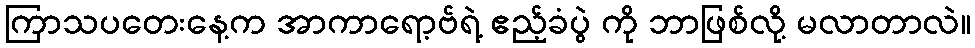
ကြာသပတေးနေ့က အာကာရော့ဗ်ရဲ့ ဧည့်ခံပွဲ ကို ဘာဖြစ်လို့ မလာတာလဲ။